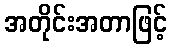
အတိုင်းအတာဖြင့်